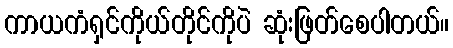
ကာယကံရှင်ကိုယ်တိုင်ကိုပဲ ဆုံးဖြတ်စေပါတယ်။